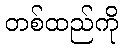
တစ်ထည်ကို